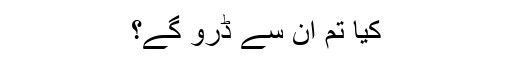
کیا تم ان سے ڈرو گے؟